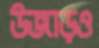
উজাড়ও